Indian journal of veterinary science and animal husbandry - Volume 4,
Year: 1934
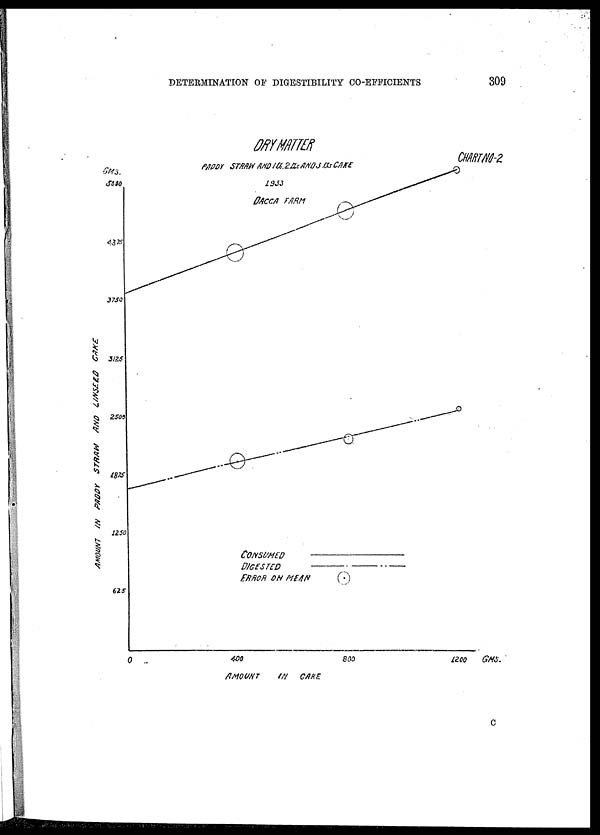
DETERMINATION OF DIGESTIBILITY CO-EFFICIENTS
309